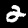
Digit: 2